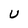
Character: U